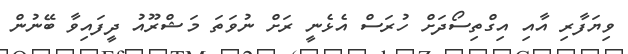
ވިޔަފާރި އާއި އިގްތިސޯދަށް ހުރަސް އެޅެނީ ރަށް ނުވަތަ މަޝްރޫއު ދީފައިވާ ބޭނުން